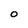
Character: O